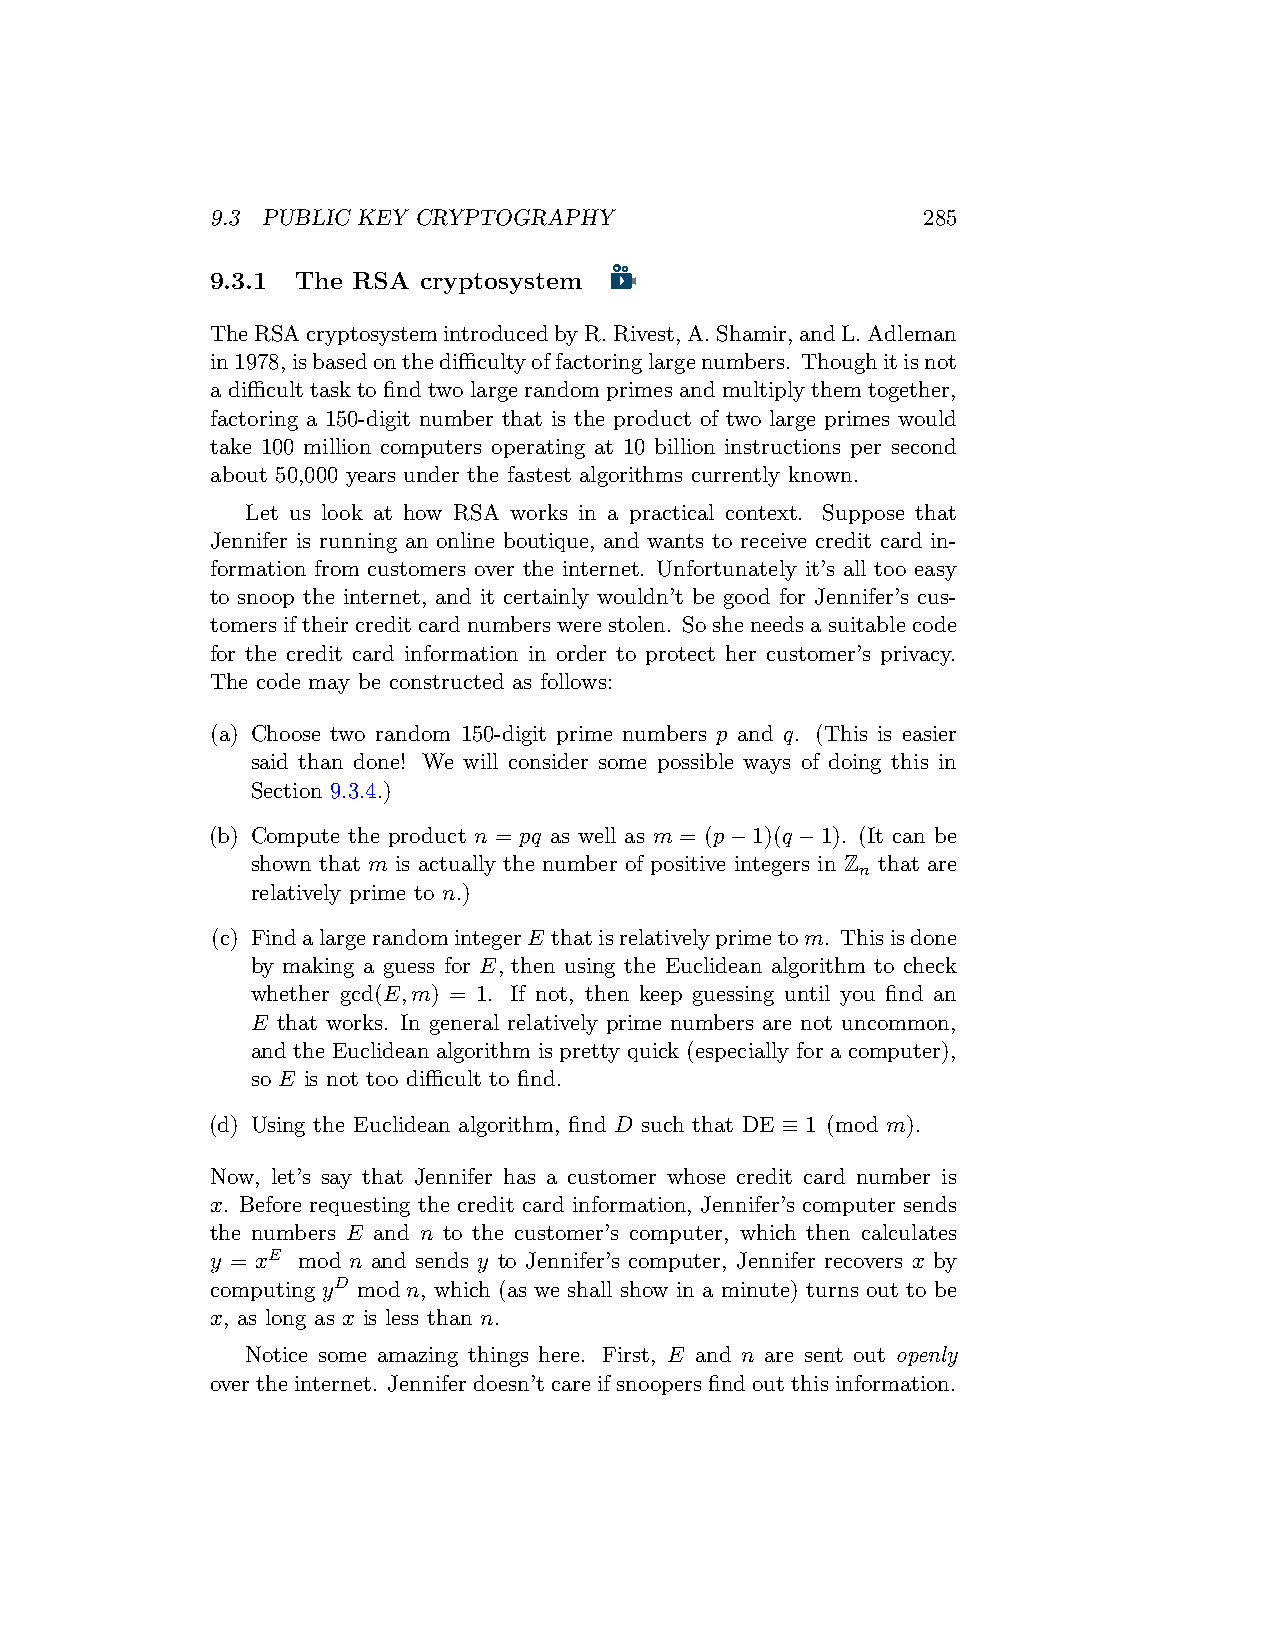
9.3 PUBLIC KEY CRYPTOGRAPHY                    285
 9.3.1 The RSA cryptosystem
 TheRSAcryptosystemintroducedbyR.Rivest,A.Shamir,andL.Adleman
 in1978,isbasedonthedifficultyoffactoringlargenumbers. Thoughitisnot
 a difficult task to find two large random primes and multiply them together,
 factoring a 150-digit number that is the product of two large primes would
 take 100 million computers operating at 10 billion instructions per second
 about 50,000 years under the fastest algorithms currently known.
 Let us look at how RSA works in a practical context. Suppose that
 Jennifer is running an online boutique, and wants to receive credit card in-
 formation from customers over the internet. Unfortunately it’s all too easy
 to snoop the internet, and it certainly wouldn’t be good for Jennifer’s cus-
 tomersiftheircreditcardnumberswerestolen. Sosheneedsasuitablecode
 for the credit card information in order to protect her customer’s privacy.
 The code may be constructed as follows:
 (a) Choose two random 150-digit prime numbers p and q. (This is easier
 said than done! We will consider some possible ways of doing this in
 Section 9.3.4.)
 (b) Compute the product n = pq as well as m = (p−1)(q−1). (It can be
 shown that m is actually the number of positive integers in Z that are
 n
 relatively prime to n.)
 (c) FindalargerandomintegerE thatisrelativelyprimetom. Thisisdone
 by making a guess for E, then using the Euclidean algorithm to check
 whether gcd(E,m) = 1. If not, then keep guessing until you find an
 E that works. In general relatively prime numbers are not uncommon,
 and the Euclidean algorithm is pretty quick (especially for a computer),
 so E is not too difficult to find.
 (d) Using the Euclidean algorithm, find D such that DE ≡ 1 (mod m).
 Now, let’s say that Jennifer has a customer whose credit card number is
 x. Before requesting the credit card information, Jennifer’s computer sends
 the numbers E and n to the customer’s computer, which then calculates
 y = xE mod n and sends y to Jennifer’s computer, Jennifer recovers x by
 computing yD mod n, which (as we shall show in a minute) turns out to be
 x, as long as x is less than n.
 Notice some amazing things here. First, E and n are sent out openly
 overtheinternet. Jenniferdoesn’tcareifsnoopersfindoutthisinformation.